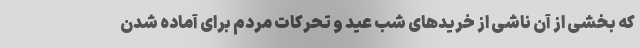
که بخشی از آن ناشی از خریدهای شب عید و تحرکات مردم برای آماده شدن